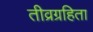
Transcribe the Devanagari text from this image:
तीव्रग्रहिता